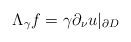
LaTeX: \begin{align*}\Lambda_\gamma f = \gamma \partial_\nu u|_{\partial D}\end{align*}